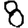
Digit: 8